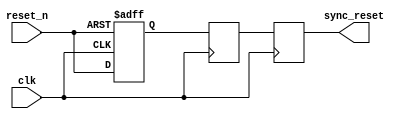
module async_reset_synchronizer (
    input wire reset_n,  // Active low asynchronous reset
    input wire clk,      // Clock signal
    output reg sync_reset // Synchronized reset signal (active low)
);

    // Internal signals for synchronization
    reg reset_n_ff1; // First flip-flop output
    reg reset_n_ff2; // Second flip-flop output

    // Asynchronous reset logic
    always @(posedge clk or negedge reset_n) begin
        if (!reset_n) begin
            reset_n_ff1 <= 1'b0; // Assert reset on negative edge
        end else begin
            reset_n_ff1 <= reset_n; // Capture reset_n on clock edge
        end
    end

    // Second flip-flop for synchronization
    always @(posedge clk) begin
        reset_n_ff2 <= reset_n_ff1; // Capture the first flip-flop output
    end

    // Generate synchronized reset signal
    always @(posedge clk) begin
        sync_reset <= reset_n_ff2; // Output the synchronized reset
    end

endmodule